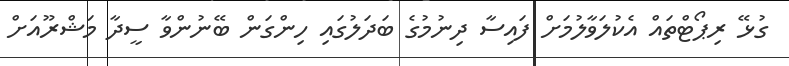
ގުޅޭ ރިޕޯޓްތައް އެކުލަވާލުމަށް ފައިސާ ދިނުމުގެ ބަދަލުގައި ހިންގަން ބޭނުންވާ ސީދާ މަޝްރޫއަށް